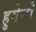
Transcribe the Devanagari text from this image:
हुगेनो